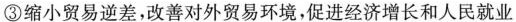
③缩小贸易逆差，改善对外贸易环境，促进经济增长和人民就业